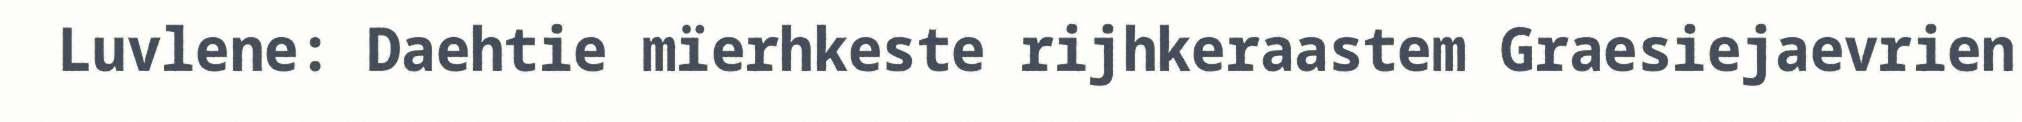
Luvlene: Daehtie mïerhkeste rijhkeraastem Graesiejaevrien